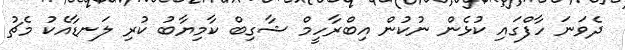
ދެވަނަ ހާފްގައި ކުޅެން ނުކުން އިބްރާހީމް ޝާގިބް ކާމިޔާބު ކުރި ލަނޑާއެކު މެޗު